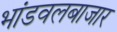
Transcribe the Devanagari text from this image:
भांडवलबाजार